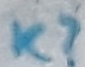
Text: K?